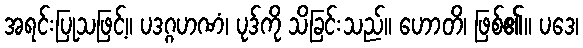
အရင်းပြုသဖြင့်။ ပဒဂ္ဂဟဏံ၊ ပုဒ်ကို သိခြင်းသည်။ ဟောတိ၊ ဖြစ်၏။ ပဒေ၊